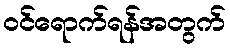
ဝင်ရောက်ရန်အတွက်